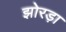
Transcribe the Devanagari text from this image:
झोरड़ा